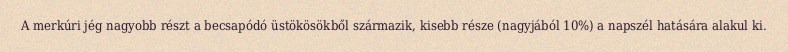
A merkúri jég nagyobb részt a becsapódó üstökösökből származik, kisebb része (nagyjából 10%) a napszél hatására alakul ki.